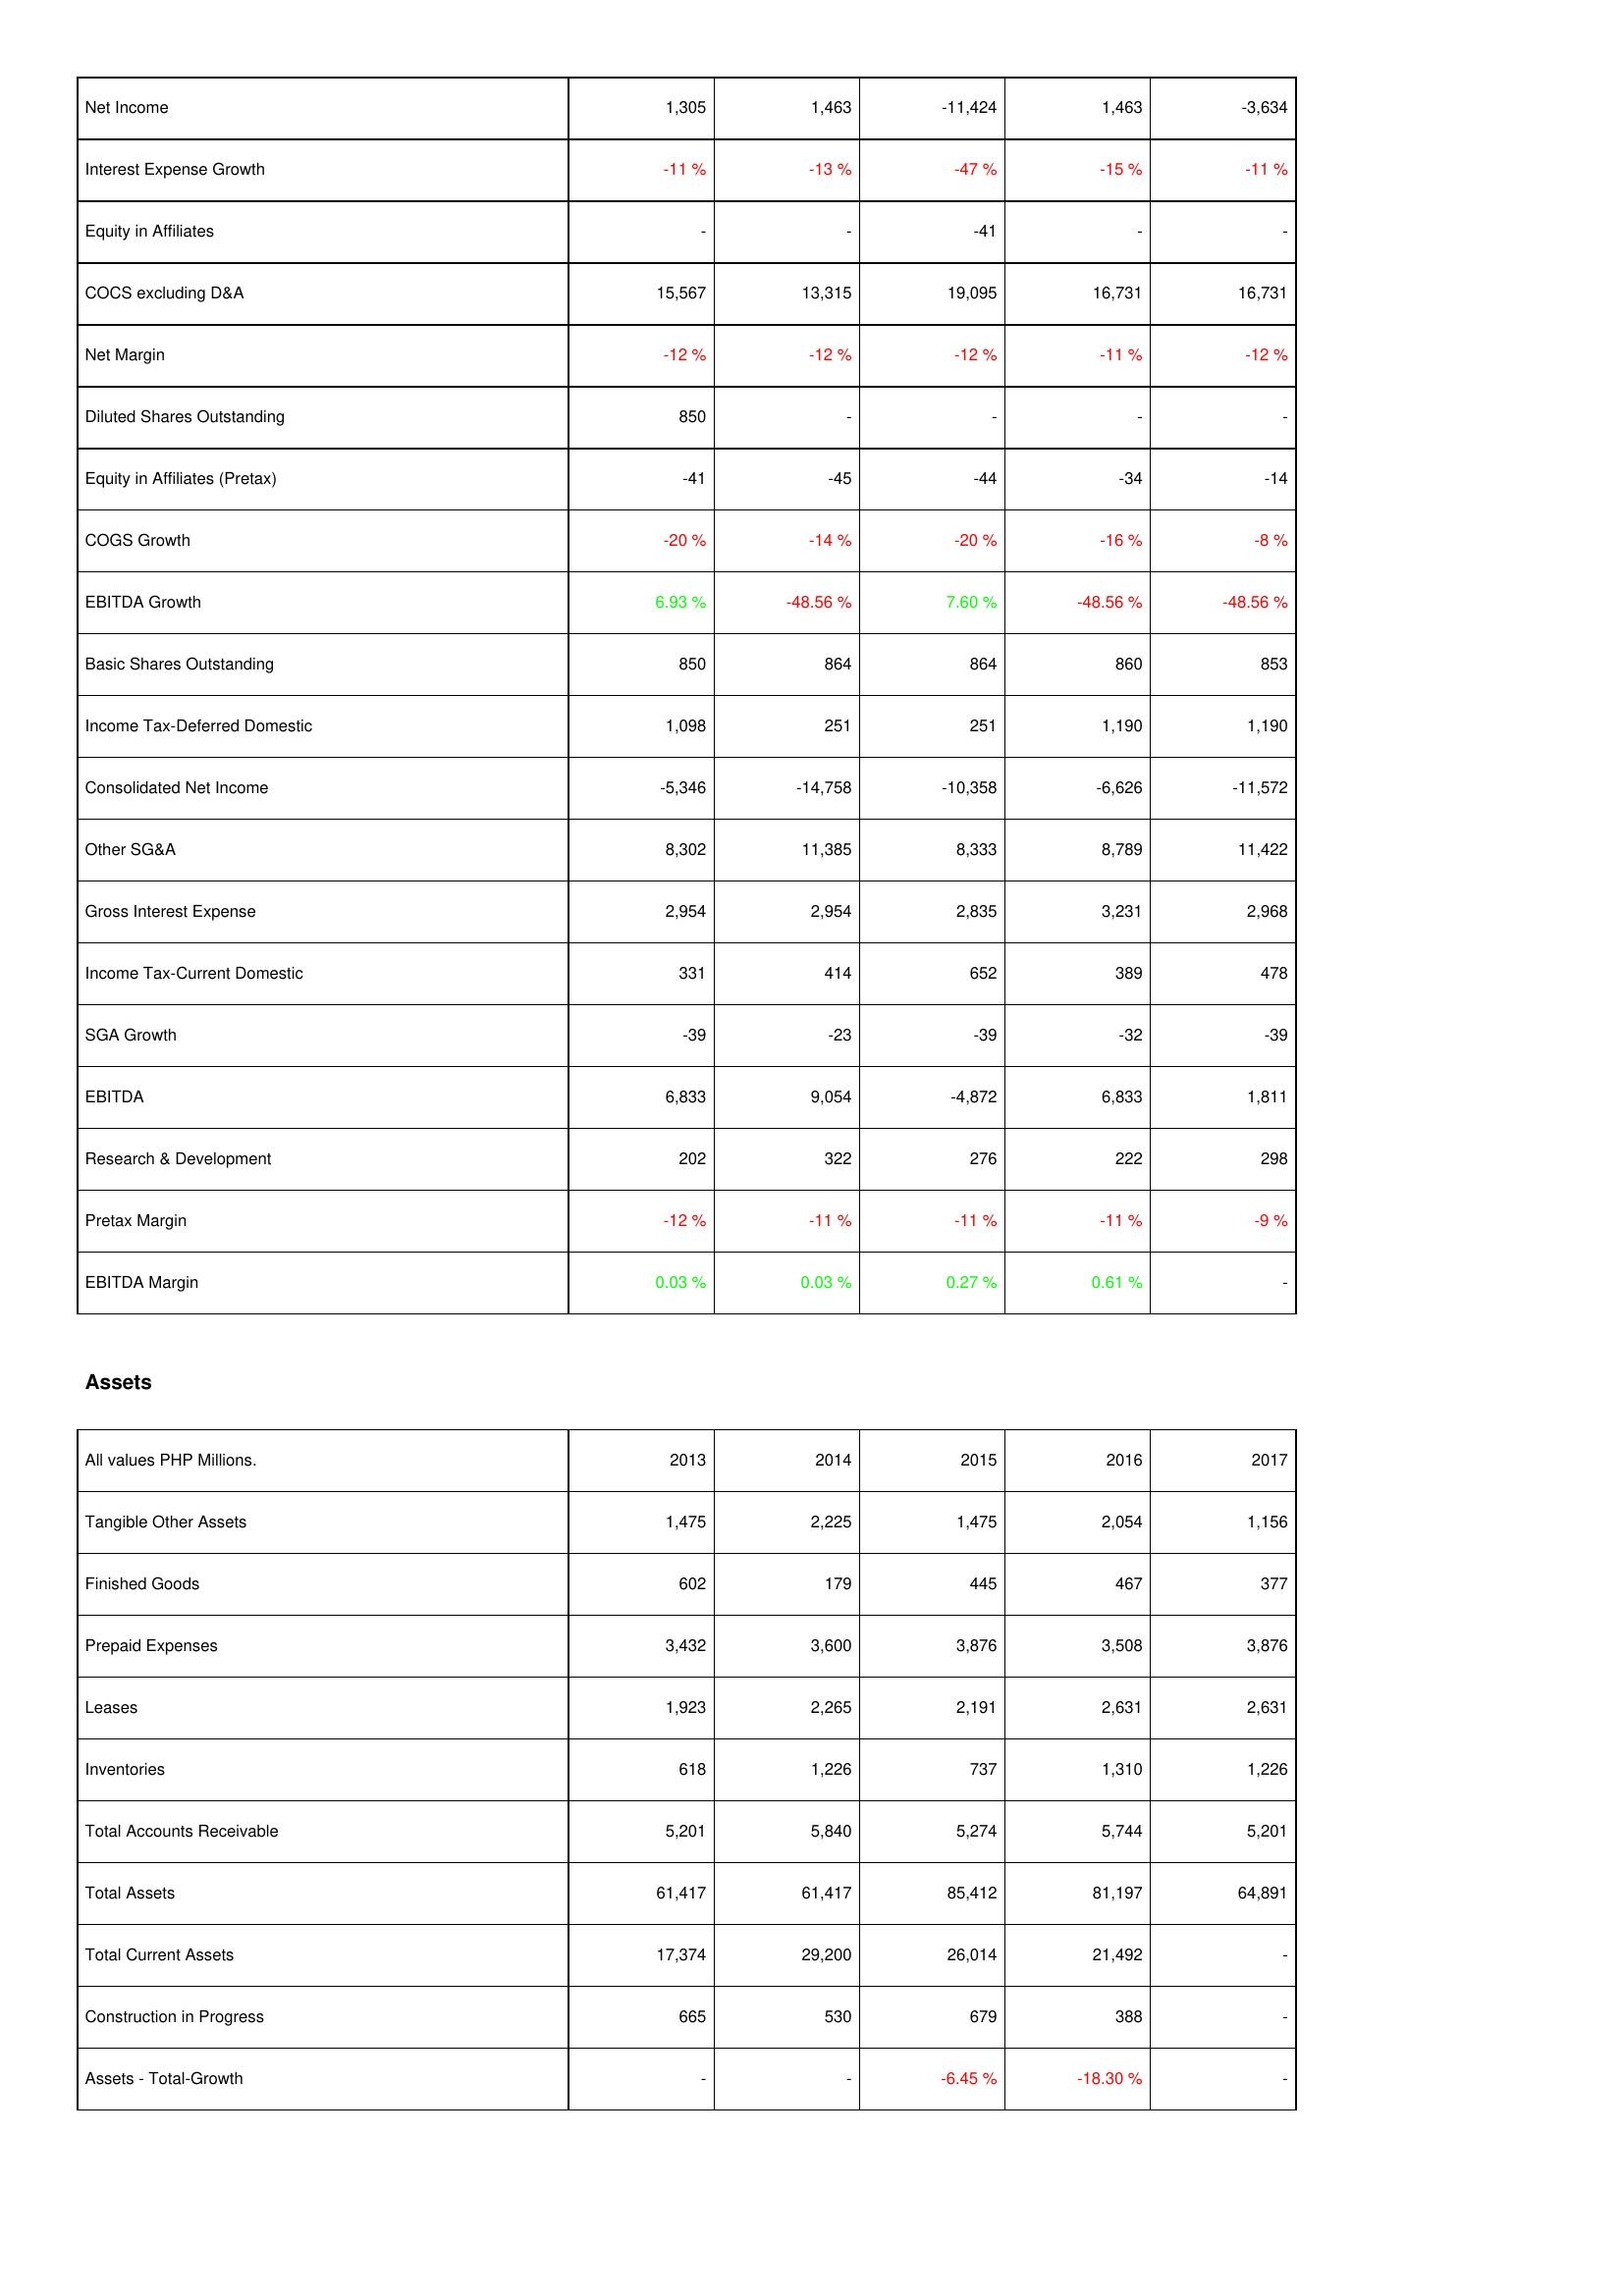
2013: Income Statement: Net Income: 1,305
Interest Expense Growth: -11 %
Equity in Affiliates: -
COCS excluding D&A: 15,567
Net Margin: -12 %
Diluted Shares Outstanding: 850
Equity in Affiliates (Pretax): -41
COGS Growth: -20 %
EBITDA Growth: 6.93 %
Basic Shares Outstanding: 850
Income Tax-Deferred Domestic: 1,098
Consolidated Net Income: -5,346
Other SG&A: 8,302
Gross Interest Expense: 2,954
Income Tax-Current Domestic: 331
SGA Growth: -39
EBITDA: 6,833
Research & Development: 202
Pretax Margin: -12 %
EBITDA Margin: 0.03 %
Assets: Tangible Other Assets: 1,475
Finished Goods: 602
Prepaid Expenses: 3,432
Leases: 1,923
Inventories: 618
Total Accounts Receivable: 5,201
Total Assets: 61,417
Total Current Assets: 17,374
Construction in Progress: 665
Assets - Total-Growth: -
2014: Income Statement: Net Income: 1,463
Interest Expense Growth: -13 %
Equity in Affiliates: -
COCS excluding D&A: 13,315
Net Margin: -12 %
Diluted Shares Outstanding: -
Equity in Affiliates (Pretax): -45
COGS Growth: -14 %
EBITDA Growth: -48.56 %
Basic Shares Outstanding: 864
Income Tax-Deferred Domestic: 251
Consolidated Net Income: -14,758
Other SG&A: 11,385
Gross Interest Expense: 2,954
Income Tax-Current Domestic: 414
SGA Growth: -23
EBITDA: 9,054
Research & Development: 322
Pretax Margin: -11 %
EBITDA Margin: 0.03 %
Assets: Tangible Other Assets: 2,225
Finished Goods: 179
Prepaid Expenses: 3,600
Leases: 2,265
Inventories: 1,226
Total Accounts Receivable: 5,840
Total Assets: 61,417
Total Current Assets: 29,200
Construction in Progress: 530
Assets - Total-Growth: -
2015: Income Statement: Net Income: -11,424
Interest Expense Growth: -47 %
Equity in Affiliates: -41
COCS excluding D&A: 19,095
Net Margin: -12 %
Diluted Shares Outstanding: -
Equity in Affiliates (Pretax): -44
COGS Growth: -20 %
EBITDA Growth: 7.60 %
Basic Shares Outstanding: 864
Income Tax-Deferred Domestic: 251
Consolidated Net Income: -10,358
Other SG&A: 8,333
Gross Interest Expense: 2,835
Income Tax-Current Domestic: 652
SGA Growth: -39
EBITDA: -4,872
Research & Development: 276
Pretax Margin: -11 %
EBITDA Margin: 0.27 %
Assets: Tangible Other Assets: 1,475
Finished Goods: 445
Prepaid Expenses: 3,876
Leases: 2,191
Inventories: 737
Total Accounts Receivable: 5,274
Total Assets: 85,412
Total Current Assets: 26,014
Construction in Progress: 679
Assets - Total-Growth: -6.45 %
2016: Income Statement: Net Income: 1,463
Interest Expense Growth: -15 %
Equity in Affiliates: -
COCS excluding D&A: 16,731
Net Margin: -11 %
Diluted Shares Outstanding: -
Equity in Affiliates (Pretax): -34
COGS Growth: -16 %
EBITDA Growth: -48.56 %
Basic Shares Outstanding: 860
Income Tax-Deferred Domestic: 1,190
Consolidated Net Income: -6,626
Other SG&A: 8,789
Gross Interest Expense: 3,231
Income Tax-Current Domestic: 389
SGA Growth: -32
EBITDA: 6,833
Research & Development: 222
Pretax Margin: -11 %
EBITDA Margin: 0.61 %
Assets: Tangible Other Assets: 2,054
Finished Goods: 467
Prepaid Expenses: 3,508
Leases: 2,631
Inventories: 1,310
Total Accounts Receivable: 5,744
Total Assets: 81,197
Total Current Assets: 21,492
Construction in Progress: 388
Assets - Total-Growth: -18.30 %
2017: Income Statement: Net Income: -3,634
Interest Expense Growth: -11 %
Equity in Affiliates: -
COCS excluding D&A: 16,731
Net Margin: -12 %
Diluted Shares Outstanding: -
Equity in Affiliates (Pretax): -14
COGS Growth: -8 %
EBITDA Growth: -48.56 %
Basic Shares Outstanding: 853
Income Tax-Deferred Domestic: 1,190
Consolidated Net Income: -11,572
Other SG&A: 11,422
Gross Interest Expense: 2,968
Income Tax-Current Domestic: 478
SGA Growth: -39
EBITDA: 1,811
Research & Development: 298
Pretax Margin: -9 %
EBITDA Margin: -
Assets: Tangible Other Assets: 1,156
Finished Goods: 377
Prepaid Expenses: 3,876
Leases: 2,631
Inventories: 1,226
Total Accounts Receivable: 5,201
Total Assets: 64,891
Total Current Assets: -
Construction in Progress: -
Assets - Total-Growth: -